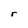
Character: r